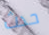
حدث